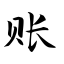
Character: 账